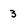
Character: 3